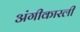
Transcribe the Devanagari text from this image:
अंगीकारली